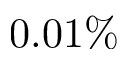
0 . 0 1 \%